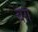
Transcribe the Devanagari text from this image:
बग़